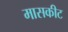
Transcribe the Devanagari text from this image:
मासकीट